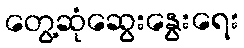
တွေ့ဆုံဆွေးနွေးရေး